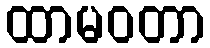
ထာမဝတာ